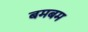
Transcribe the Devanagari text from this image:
बमबम